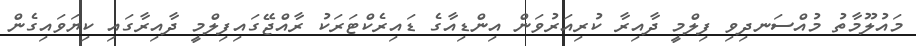
މައުލޫމާތު މުއްސަނދިވި ފިލްމީ ދާއިރާ ކުރިއަރުވަން އިންޑިއާގެ ޑައިރެކްޓަރަކު ރާއްޖޭގައިފިލްމީ ދާއިރާގައި ކިޔަވައިގެން